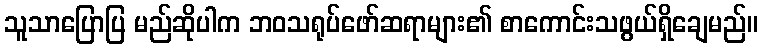
သူသာပြောပြ မည်ဆိုပါက ဘဝသရုပ်ဖော်ဆရာများ၏ စာကောင်းသဖွယ်ရှိချေမည်။